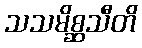
သသမိစ္ဆသီတိ